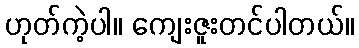
ဟုတ်ကဲ့ပါ။ ကျေးဇူးတင်ပါတယ်။